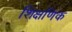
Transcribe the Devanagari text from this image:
शिक्षणिक